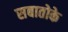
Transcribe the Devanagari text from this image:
सबातोके